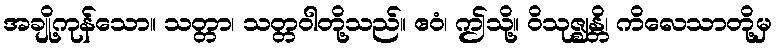
အချို့ကုန်သော။ သတ္တာ၊ သတ္တဝါတို့သည်။ ဧဝံ၊ ဤသို့။ ဝိသုဇ္ဈန္တိ၊ ကိလေသာတို့မှ